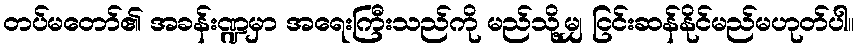
တပ်မတော်၏ အခန်းဏ္ဍမှာ အရေးကြီးသည်ကို မည်သို့မျှ ငြင်းဆန်နိုင်မည်မဟုတ်ပါ။